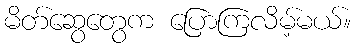
မိတ်ဆွေတွေက ပြောကြလိမ့်မယ်။